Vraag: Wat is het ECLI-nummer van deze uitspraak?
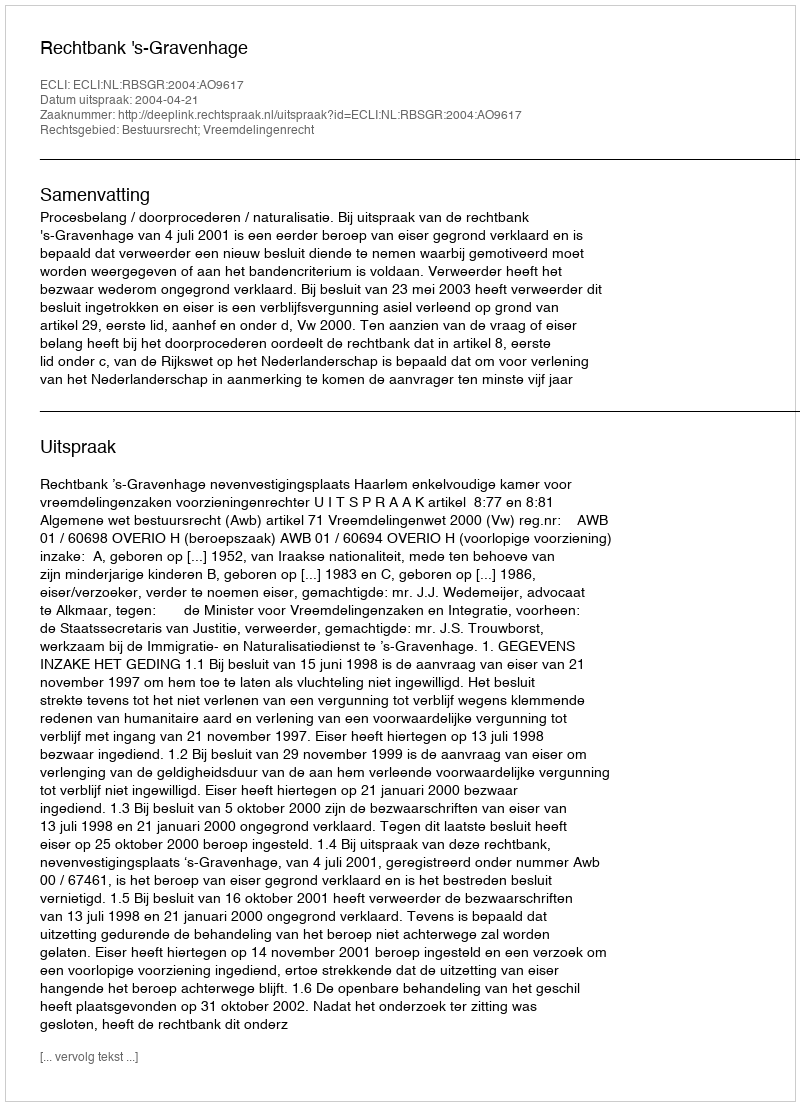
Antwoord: ECLI:NL:RBSGR:2004:AO9617